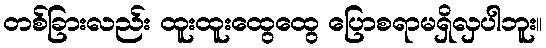
တစ်ခြားလည်း ထူးထူးထွေထွေ ပြောစရာမရှိလှပါဘူး။